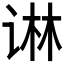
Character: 𰵱